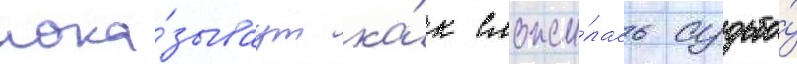
пока́зываут ка́к сложи́лась судьба́